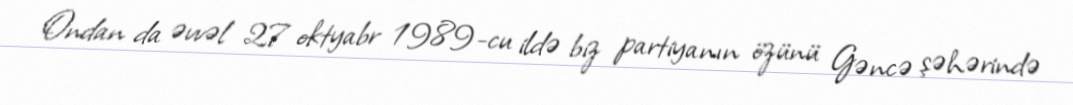
Ondan da əvvəl 27 oktyabr 1989-cu ildə biz partiyanın özünü Gəncə şəhərində